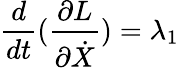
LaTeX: \frac{d}{dt}(\frac{\partial L}{\partial\dot{X}})=\lambda_{1}